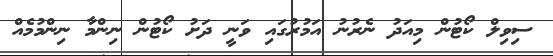
ސިވިލް ކޯޓުން މިއަދު ނެރުނު އަމުރުގައި ވަނީ ދަށު ކޯޓުން ނިންމާ ނިންމުމެއް